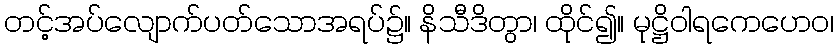
တင့်အပ်လျောက်ပတ်သောအရပ်၌။ နိသီဒိတွာ၊ ထိုင်၍။ မုဋ္ဌိဝါရကေဟေဝ၊